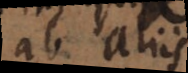
ab aliis